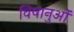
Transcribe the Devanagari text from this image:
विषानुओं